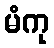
မံကု